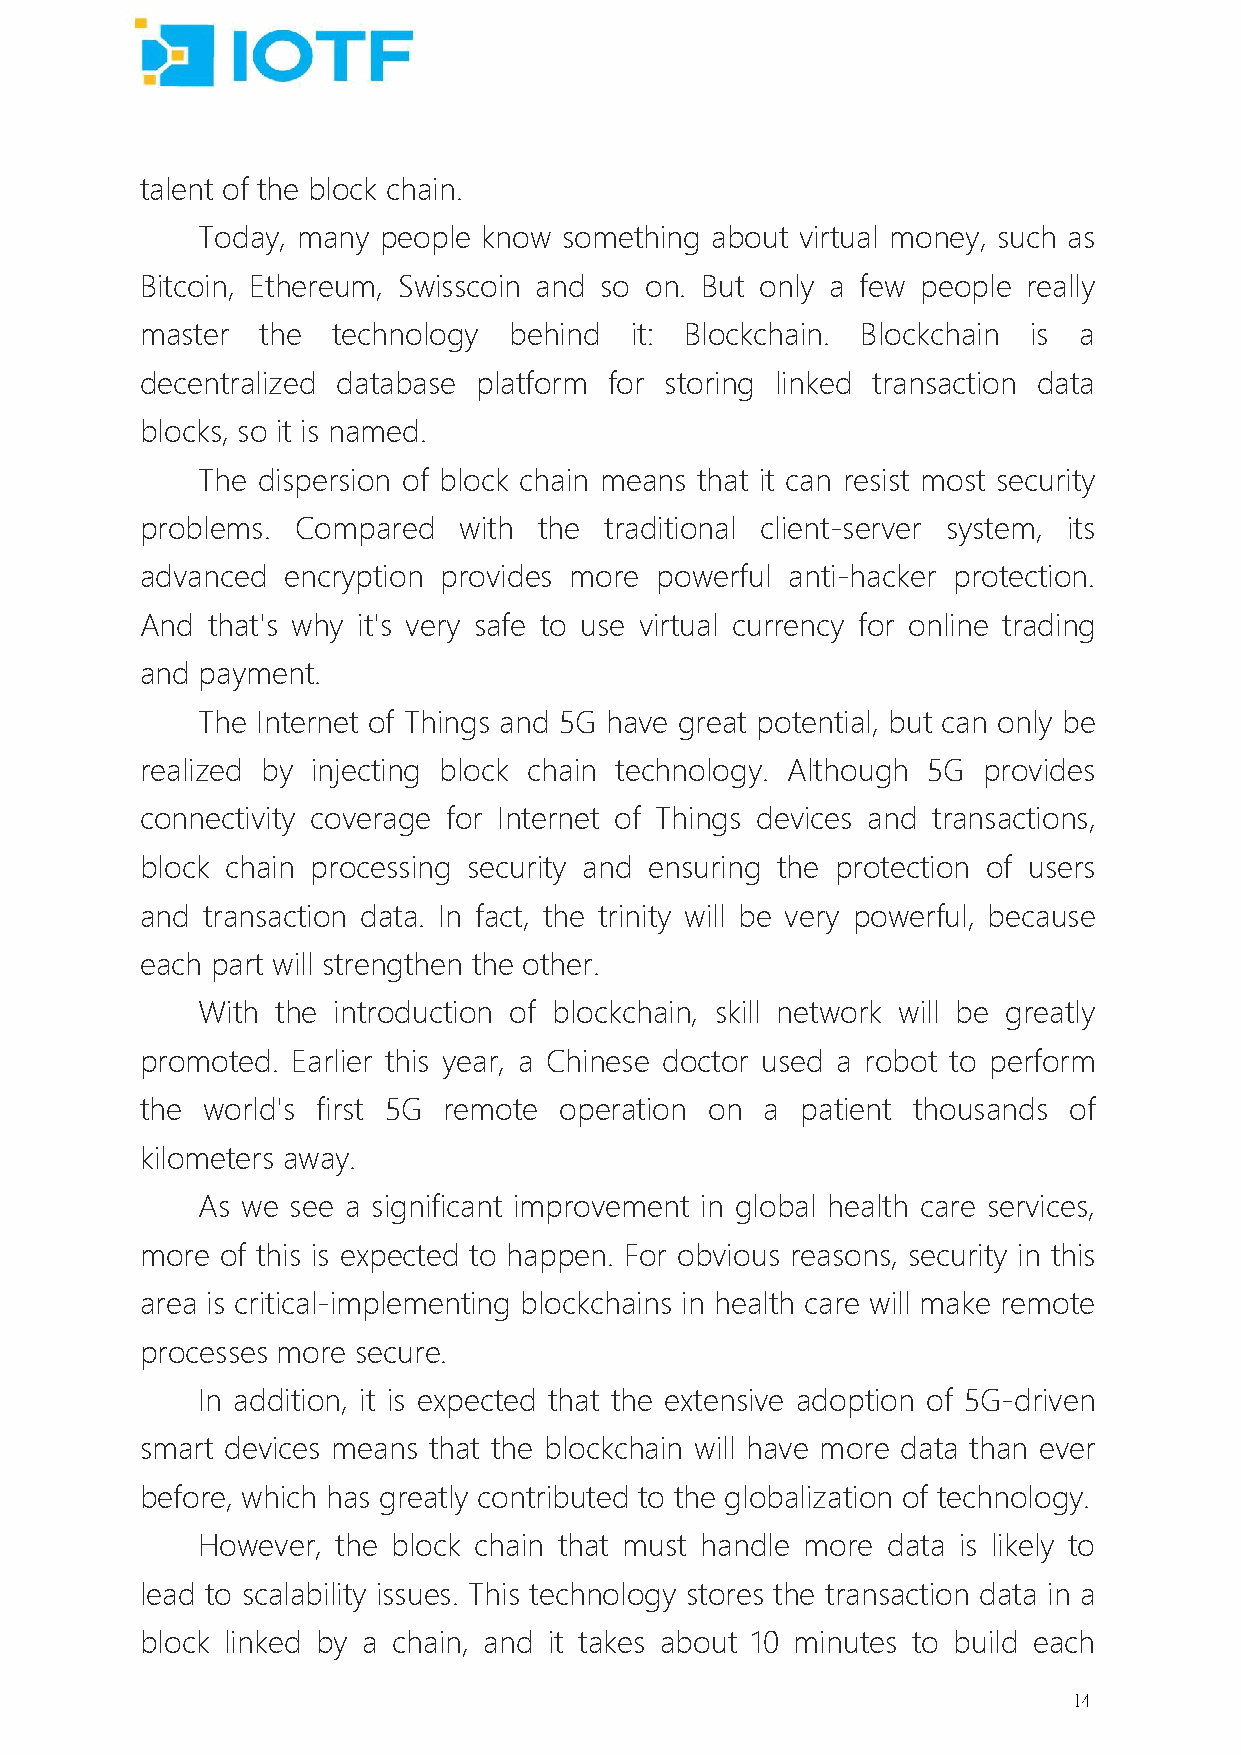
talent of the block chain.
 Today, many people know something about virtual money, such as
 Bitcoin, Ethereum, Swisscoin and so on. But only a few people really
 master  the  technology  behind  it: Blockchain. Blockchain is a
 decentralized database platform for storing linked transaction data
 blocks, so it is named.
 The dispersion of block chain means that it can resist most security
 problems.  Compared  with  the traditional client-server system, its
 advanced  encryption provides more powerful anti-hacker protection.
 And  that's why it's very safe to use virtual currency for online trading
 and payment.
 The Internet of Things and 5G have great potential, but can only be
 realized by injecting block chain technology. Although 5G provides
 connectivity coverage for Internet of Things devices and transactions,
 block chain processing security and ensuring the protection of users
 and transaction data. In fact, the trinity will be very powerful, because
 each part will strengthen the other.
 With the introduction of blockchain, skill network will be greatly
 promoted. Earlier this year, a Chinese doctor used a robot to perform
 the world's first 5G remote operation on  a patient thousands of
 kilometers away.
 As we see a significant improvement in global health care services,
 more  of this is expected to happen. For obvious reasons, security in this
 area is critical-implementing blockchains in health care will make remote
 processes more secure.
 In addition, it is expected that the extensive adoption of 5G-driven
 smart devices means that the blockchain will have more data than ever
 before, which has greatly contributed to the globalization of technology.
 However, the block chain that must handle more data is likely to
 lead to scalability issues. This technology stores the transaction data in a
 block linked by a chain, and it takes about 10 minutes to build each
 14